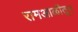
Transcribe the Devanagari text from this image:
रामआळीतून